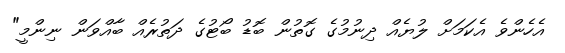
އެހެންވެ އެކަމަށް ލުޔެއް ދިނުމުގެ ގޮތުން ބޮޑު ބޯޓުގެ ދަތުރެއް ބާއްވަން ނިންމީ"